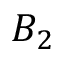
B _ { 2 }